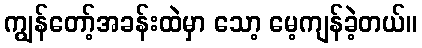
ကျွန်တော့်အခန်းထဲမှာ သော့ မေ့ကျန်ခဲ့တယ်။